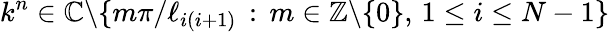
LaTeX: k^{n}\in\mathbb{C}\backslash\{ m\pi/\ell_{i(i+1)}\, :\, m\in\mathbb{Z}\backslash\{ 0\} ,\, 1\leq i\leq N-1\}